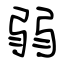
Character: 弱